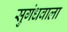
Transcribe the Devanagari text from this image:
सुगंधवाला